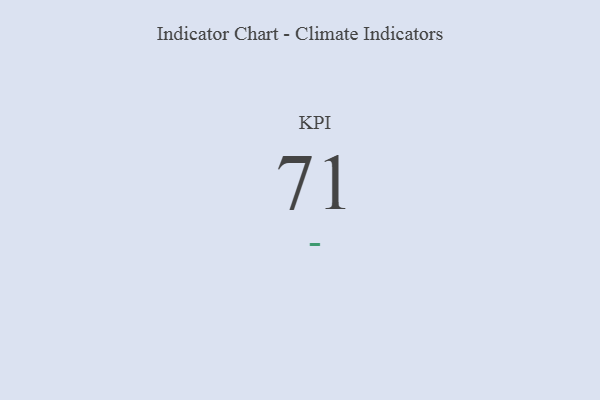
{"axis": {"x": "KPI", "y": "Value"}, "legend": [""], "data": [{"x": "KPI", "y": 71, "type": ""}]}